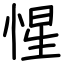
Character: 惺